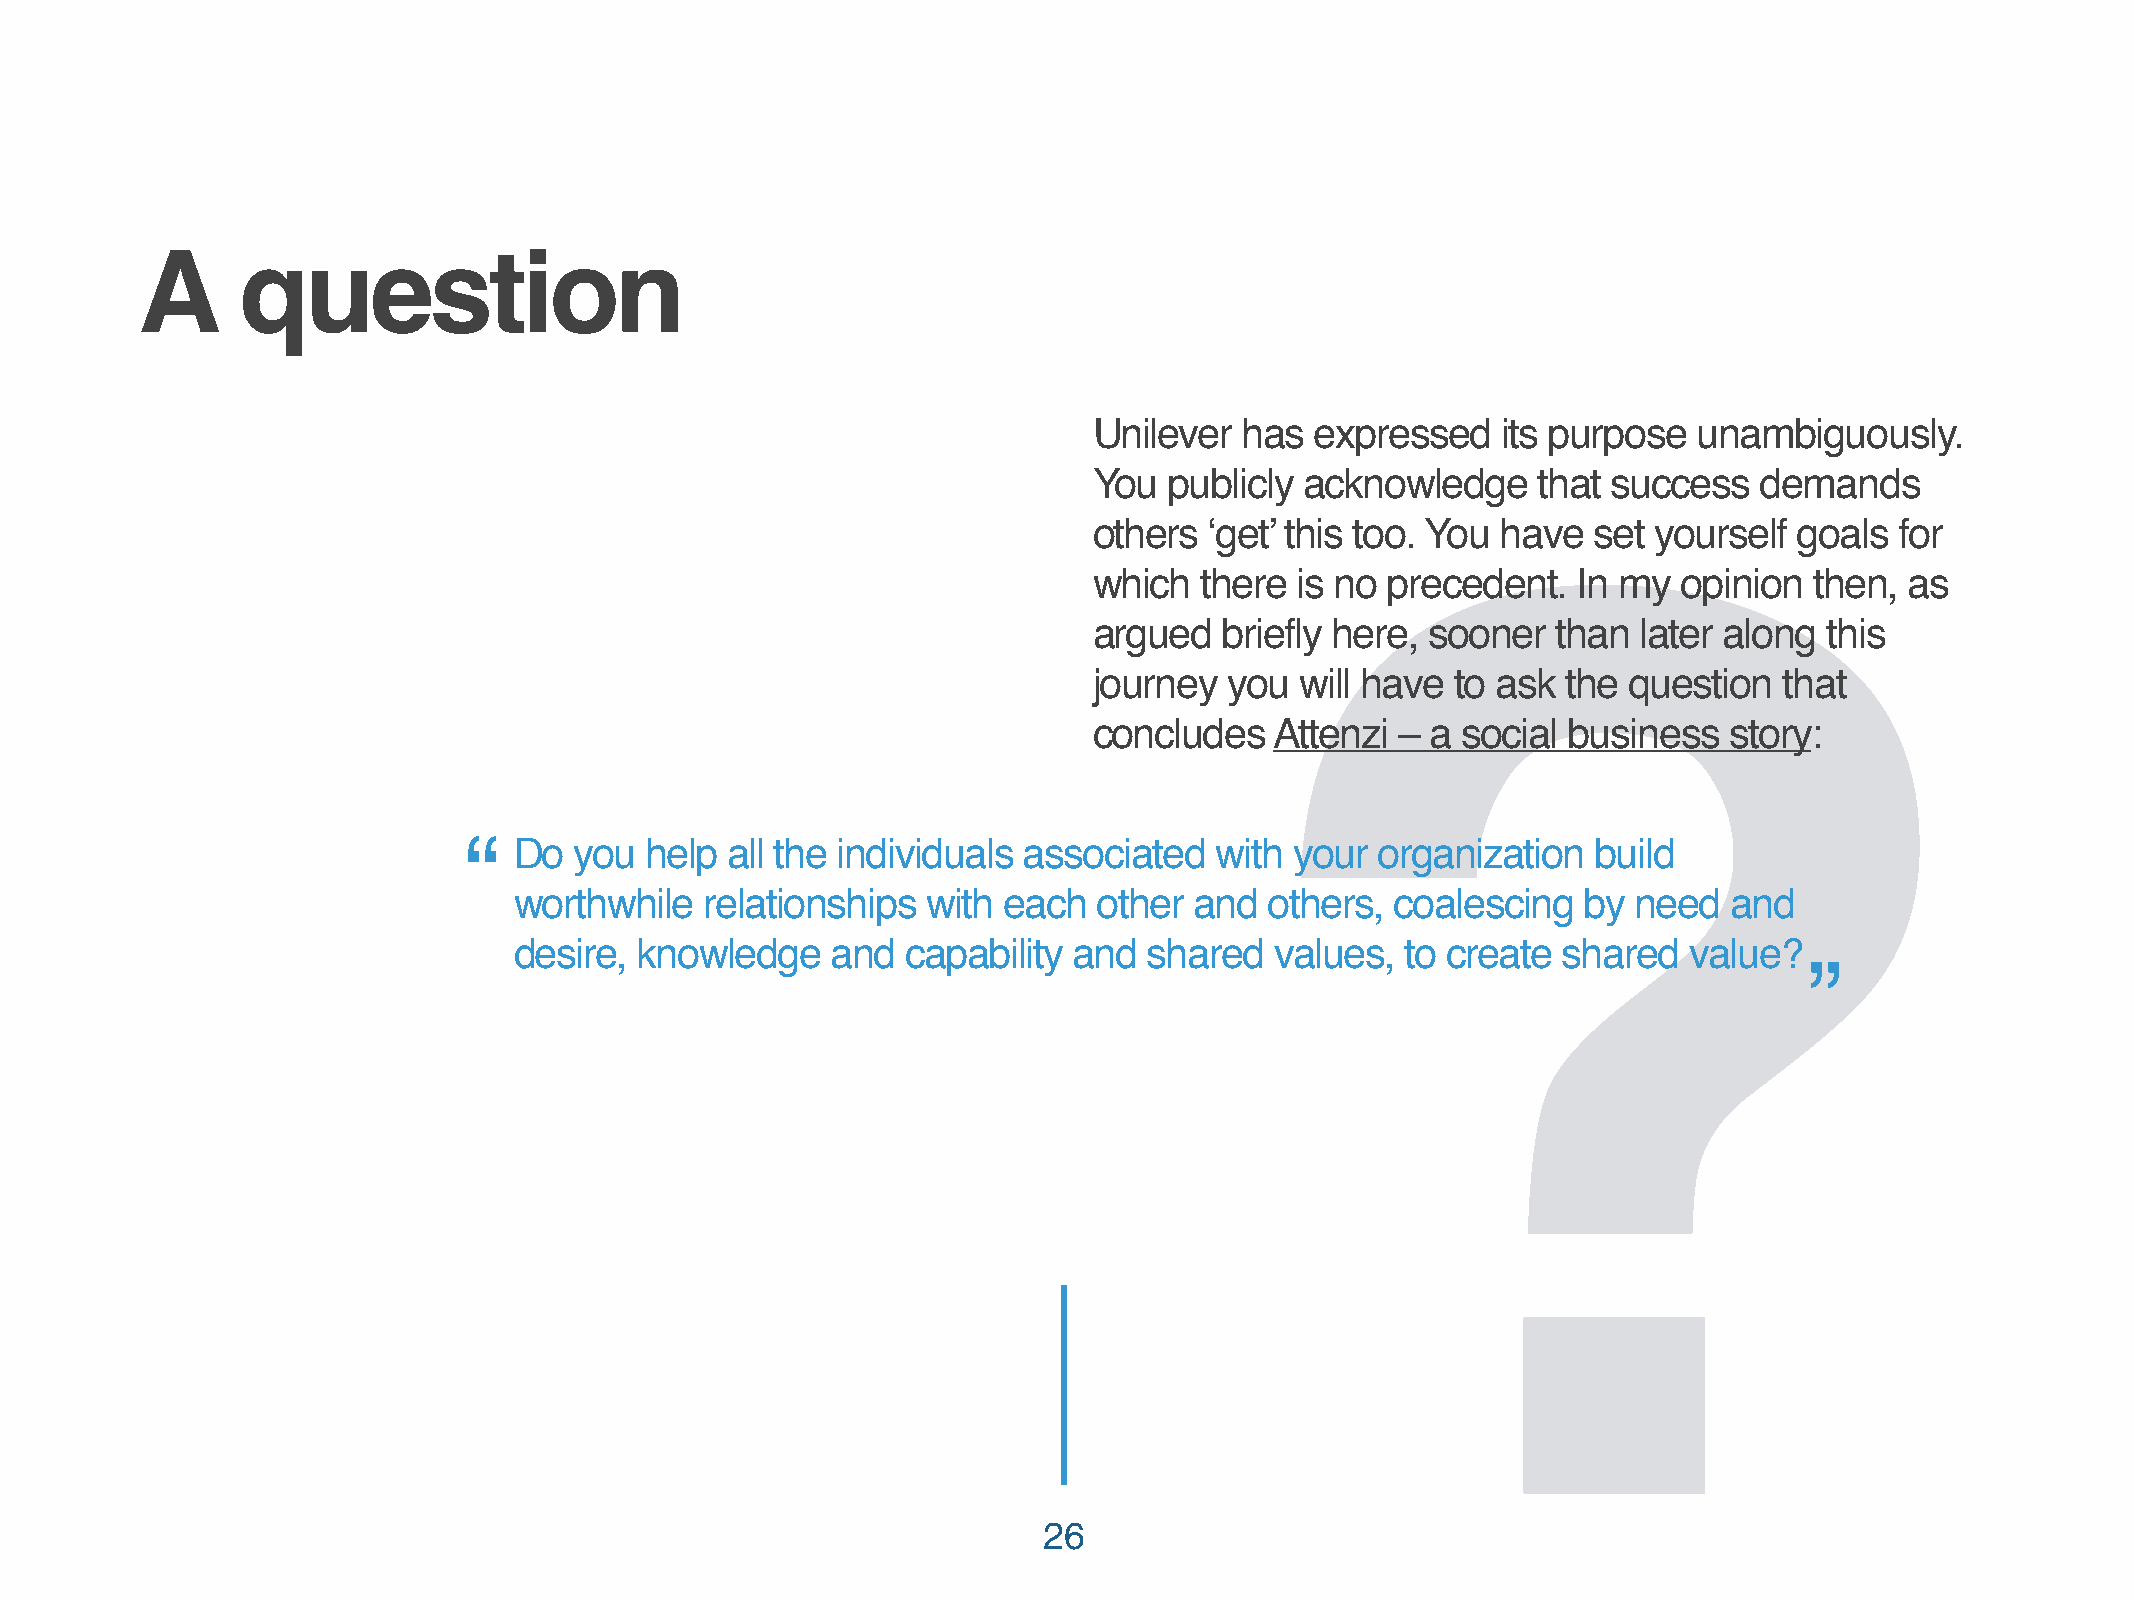
A      question
 Unilever  has  expressed   its purpose  unambiguously.
 You  publicly acknowledge     that success  demands
 others  ‘get’ this too. You have  set yourself goals  for
 ?
 which  there  is no precedent.  In my  opinion  then, as
 argued   briefly here, sooner  than  later along this
 journey  you  will have to ask  the question  that
 concludes   Attenzi  – a social business  story:
 “  Do  you  help all the individuals associated  with  your organization   build
 worthwhile   relationships with each   other and  others, coalescing   by need   and
 desire, knowledge    and  capability and  shared  values,  to create shared   value?
 ”
 26